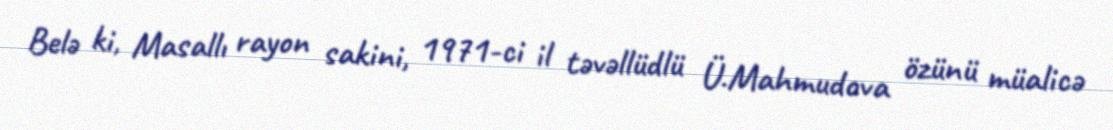
Belə ki, Masallı rayon sakini, 1971-ci il təvəllüdlü Ü.Mahmudova özünü müalicə